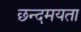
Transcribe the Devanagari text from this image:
छन्दमयता